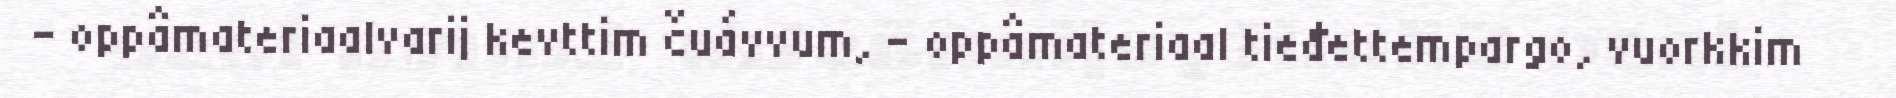
- oppâmateriaalvarij kevttim čuávvum, - oppâmateriaal tieđettempargo, vuorkkim